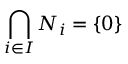
\bigcap _ { i \in I } N _ { i } = \{ 0 \}